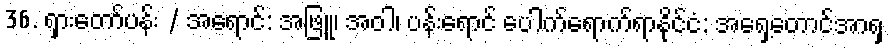
36. ရှားတော်ပန်း / အရောင်: အဖြူ၊ အဝါ၊ ပန်းရောင် ပေါက်ရောက်ရာနိုင်ငံ: အရှေ့တောင်အာရှ